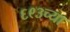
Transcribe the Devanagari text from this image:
६९३च्या